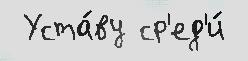
 Уста́ву ср'ед'и́